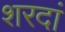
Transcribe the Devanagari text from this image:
शरदां